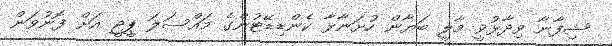
ޝިފާނާ ވިދާޅުވީ މާލީ ބަޔާން ހުށަނާޅާ ކެންޑިޑޭޓުންގެ މައްސަލަ ޕީޖީ އަށް ފޮނުވަން